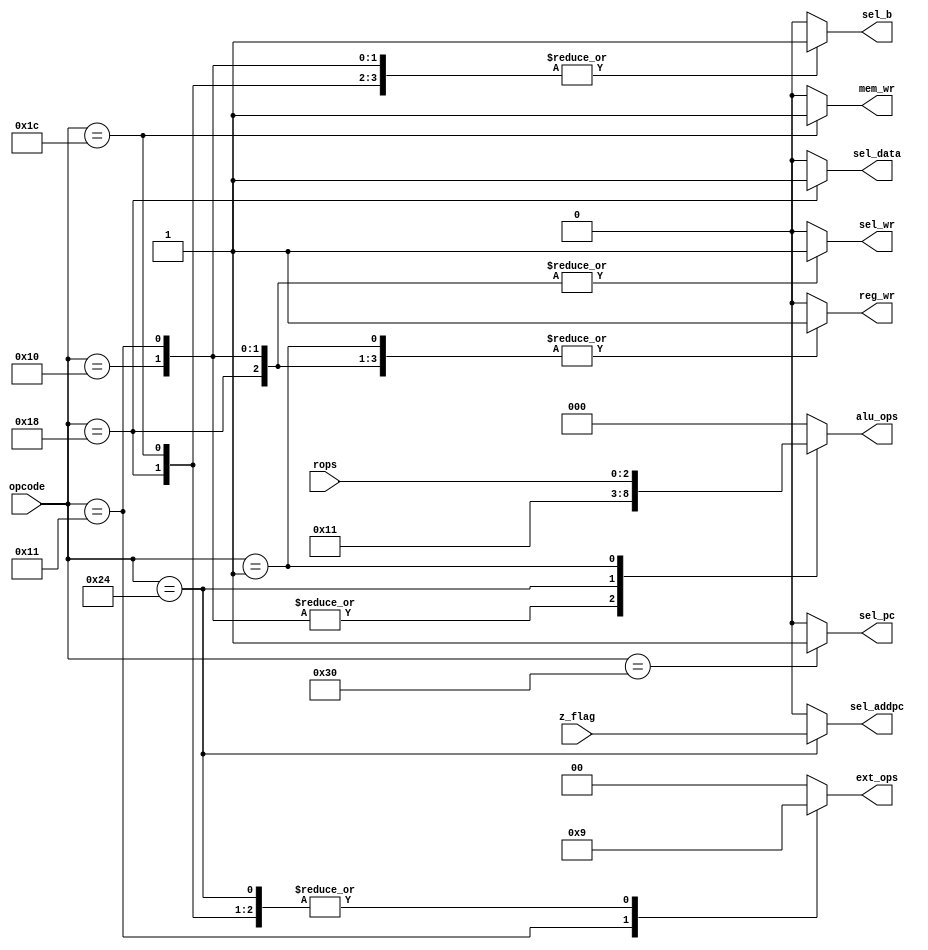
`timescale 1ns / 1ps
//-------------------------------------------------------
// Title        : Control Unit.
// Library      : nanoLADA
// Purpose      : Computer Architecture, Design and Verfication
// Developers   : Krerk Piromsopa, Ph. D.
//              : Chulalongkorn University.

module control(	
	sel_pc,
	sel_addpc,
	sel_wr,
	sel_b,
	sel_data,
	reg_wr,
	mem_wr,
	ext_ops,
	alu_ops,
	opcode,
	z_flag,
	rops
	);
output reg sel_pc;
output reg sel_addpc;
output reg sel_wr;
output reg sel_b;
output reg sel_data;
output reg reg_wr;
output reg mem_wr;
output reg [1:0] ext_ops;
output reg [2:0] alu_ops;
input [5:0] opcode;
input z_flag;
input wire [2:0] rops;

localparam ORI=6'b010000;
localparam ORUI=6'b010001;
localparam ADD=6'b000001;
localparam LW=6'b011000;
localparam SW=6'b011100;
localparam BEQ=6'b100100;
localparam JMP=6'b110000;

// sel_pc
always @(opcode)
begin
	case (opcode)
		JMP : sel_pc=1;
		default : sel_pc=0;
	endcase
end

// sel_addpc
always @(opcode or z_flag)
begin
	case (opcode)
		BEQ : sel_addpc=z_flag;
		default : sel_addpc=0;
	endcase
end

// sel_wr
always @(opcode)
begin
	case (opcode)
		ORI : sel_wr=1;
		ORUI : sel_wr=1;
		LW : sel_wr=1;
		default : sel_wr=0;
	endcase
end

// sel_b
always @(opcode)
begin
	case (opcode)
		ORI : sel_b=1;
		ORUI : sel_b=1;
		LW : sel_b=1;
		SW : sel_b=1;
		default : sel_b=0;
	endcase
end

// sel_data
always @(opcode)
begin
	case (opcode)
		LW : sel_data=1;
		default : sel_data=0;
	endcase
end

// reg_wr
always @(opcode)
begin
	case (opcode)
		ORI : reg_wr=1;
		ORUI : reg_wr=1;
		ADD : reg_wr=1;
		LW : reg_wr=1;
		default : reg_wr=0;
	endcase
end

// mem_wr
always @(opcode)
begin
	case (opcode)
		SW : mem_wr=1;
		default : mem_wr=0;
	endcase
end

// ext_ops
always @(opcode)
begin
	case (opcode)
		ORUI : ext_ops=2'b10;
		LW : ext_ops=2'b01;
		SW : ext_ops=2'b01;
		BEQ : ext_ops=2'b01;
		default : ext_ops=2'b00;
	endcase
end

// alu_ops
always @(opcode or rops)
begin
//    $display("%10d (opcode) %6b - %3b", $time, opcode, rops);
    
	case (opcode)
		ORI : alu_ops=3'b010;
		ORUI : alu_ops=3'b010;
		BEQ : alu_ops=3'b001;
		
		// new
		ADD : alu_ops = rops;
		
		default : alu_ops=3'b000;
	endcase
end

endmodule